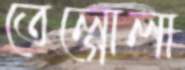
তেল্গোলা